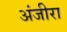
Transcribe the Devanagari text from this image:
अंजीरा